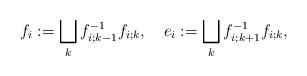
LaTeX: \begin{align*} f_i := \bigsqcup_k f_{i;k-1}^{-1} f_{i;k},\quad e_i := \bigsqcup_k f_{i;k+1}^{-1} f_{i;k},\end{align*}